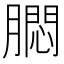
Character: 𬛗